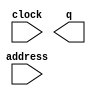
module neg_sin (
	address,
	clock,
	q);

	input	[8:0]  address;
	input	  clock;
	output	[31:0]  q;
`ifndef ALTERA_RESERVED_QIS
// synopsys translate_off
`endif
	tri1	  clock;
`ifndef ALTERA_RESERVED_QIS
// synopsys translate_on
`endif

endmodule